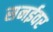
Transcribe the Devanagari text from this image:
सनईवर